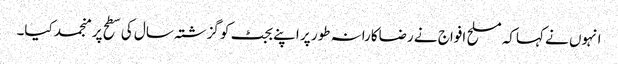
انہوں نے کہاکہ مسلح افواج نے رضاکارانہ طور پر اپنے بجٹ کو گزشتہ سال کی سطح پر منجمد کیا۔